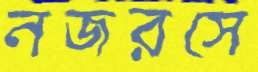
নজরসে